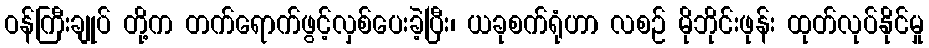
ဝန်ကြီးချုပ် တို့က တက်ရောက်ဖွင့်လှစ်ပေးခဲ့ပြီး၊ ယခုစက်ရုံဟာ လစဉ် မိုဘိုင်းဖုန်း ထုတ်လုပ်နိုင်မှု